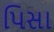
પિસા